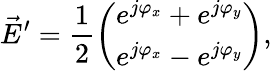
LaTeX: \vec{E}^{\prime}=\frac{1}{2}\left(\begin{array}{l}{e^{j\varphi_{{x}}}+e^{j\varphi_{{y}}}}\\ {e^{j\varphi_{{x}}}-e^{j\varphi_{{y}}}}\end{array}\right),